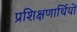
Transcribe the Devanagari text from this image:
प्रशिक्षणार्थियों